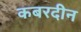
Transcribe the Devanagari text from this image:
कबरदीन